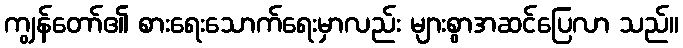
ကျွန်တော်၏ စားရေးသောက်ရေးမှာလည်း များစွာအဆင်ပြေလာ သည်။